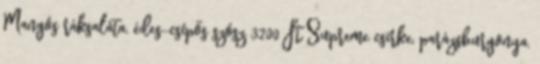
Mangós ráksaláta, édes-csípős szósz 3200 Ft Supreme csirke, parázsburgonya,